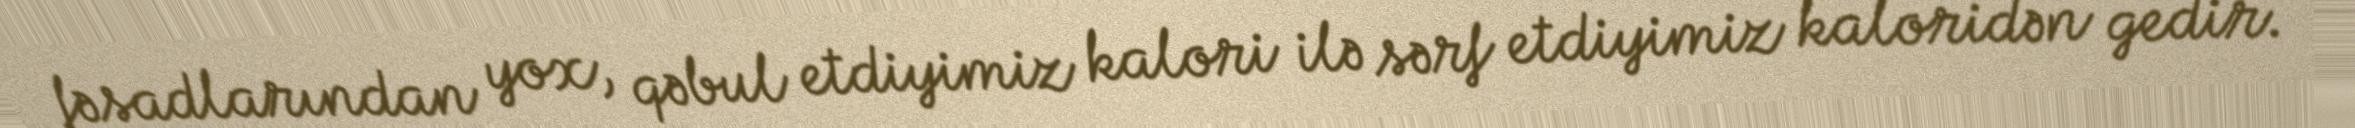
fəsadlarından yox, qəbul etdiyimiz kalori ilə sərf etdiyimiz kaloridən gedir.